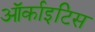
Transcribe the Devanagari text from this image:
ऑर्काइटिस